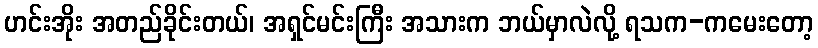
ဟင်းအိုး အတည်ခိုင်းတယ်၊ အရှင်မင်းကြီး အသားက ဘယ်မှာလဲလို့ ရသက-ကမေးတော့